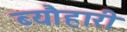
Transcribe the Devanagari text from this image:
ब्यौहारी